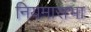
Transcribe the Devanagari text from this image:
नियमासभा